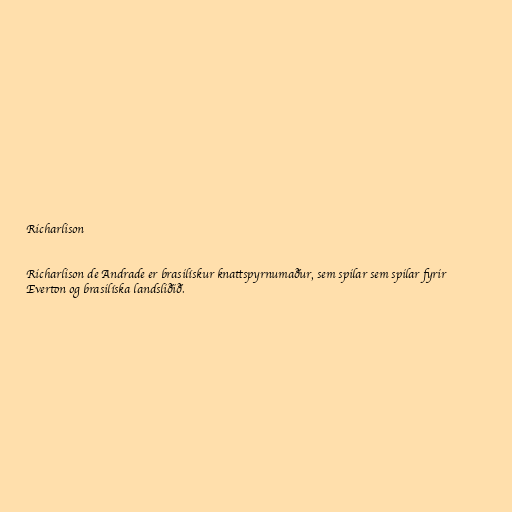
Richarlison

Richarlison de Andrade er brasilískur knattspyrnumaður, sem spilar sem spilar fyrir
Everton og brasilíska landsliðið.